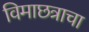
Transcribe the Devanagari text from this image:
विमाछत्राचा